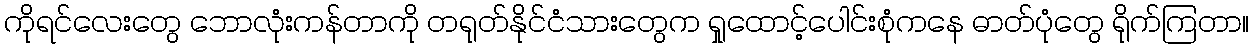
ကိုရင်လေးတွေ ဘောလုံးကန်တာကို တရုတ်နိုင်ငံသားတွေက ရှုထောင့်ပေါင်းစုံကနေ ဓာတ်ပုံတွေ ရိုက်ကြတာ။